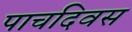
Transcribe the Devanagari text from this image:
पाचदिवस